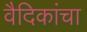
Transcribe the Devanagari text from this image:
वैदिकांचा